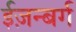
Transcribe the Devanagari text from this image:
ईज़न्बर्ग